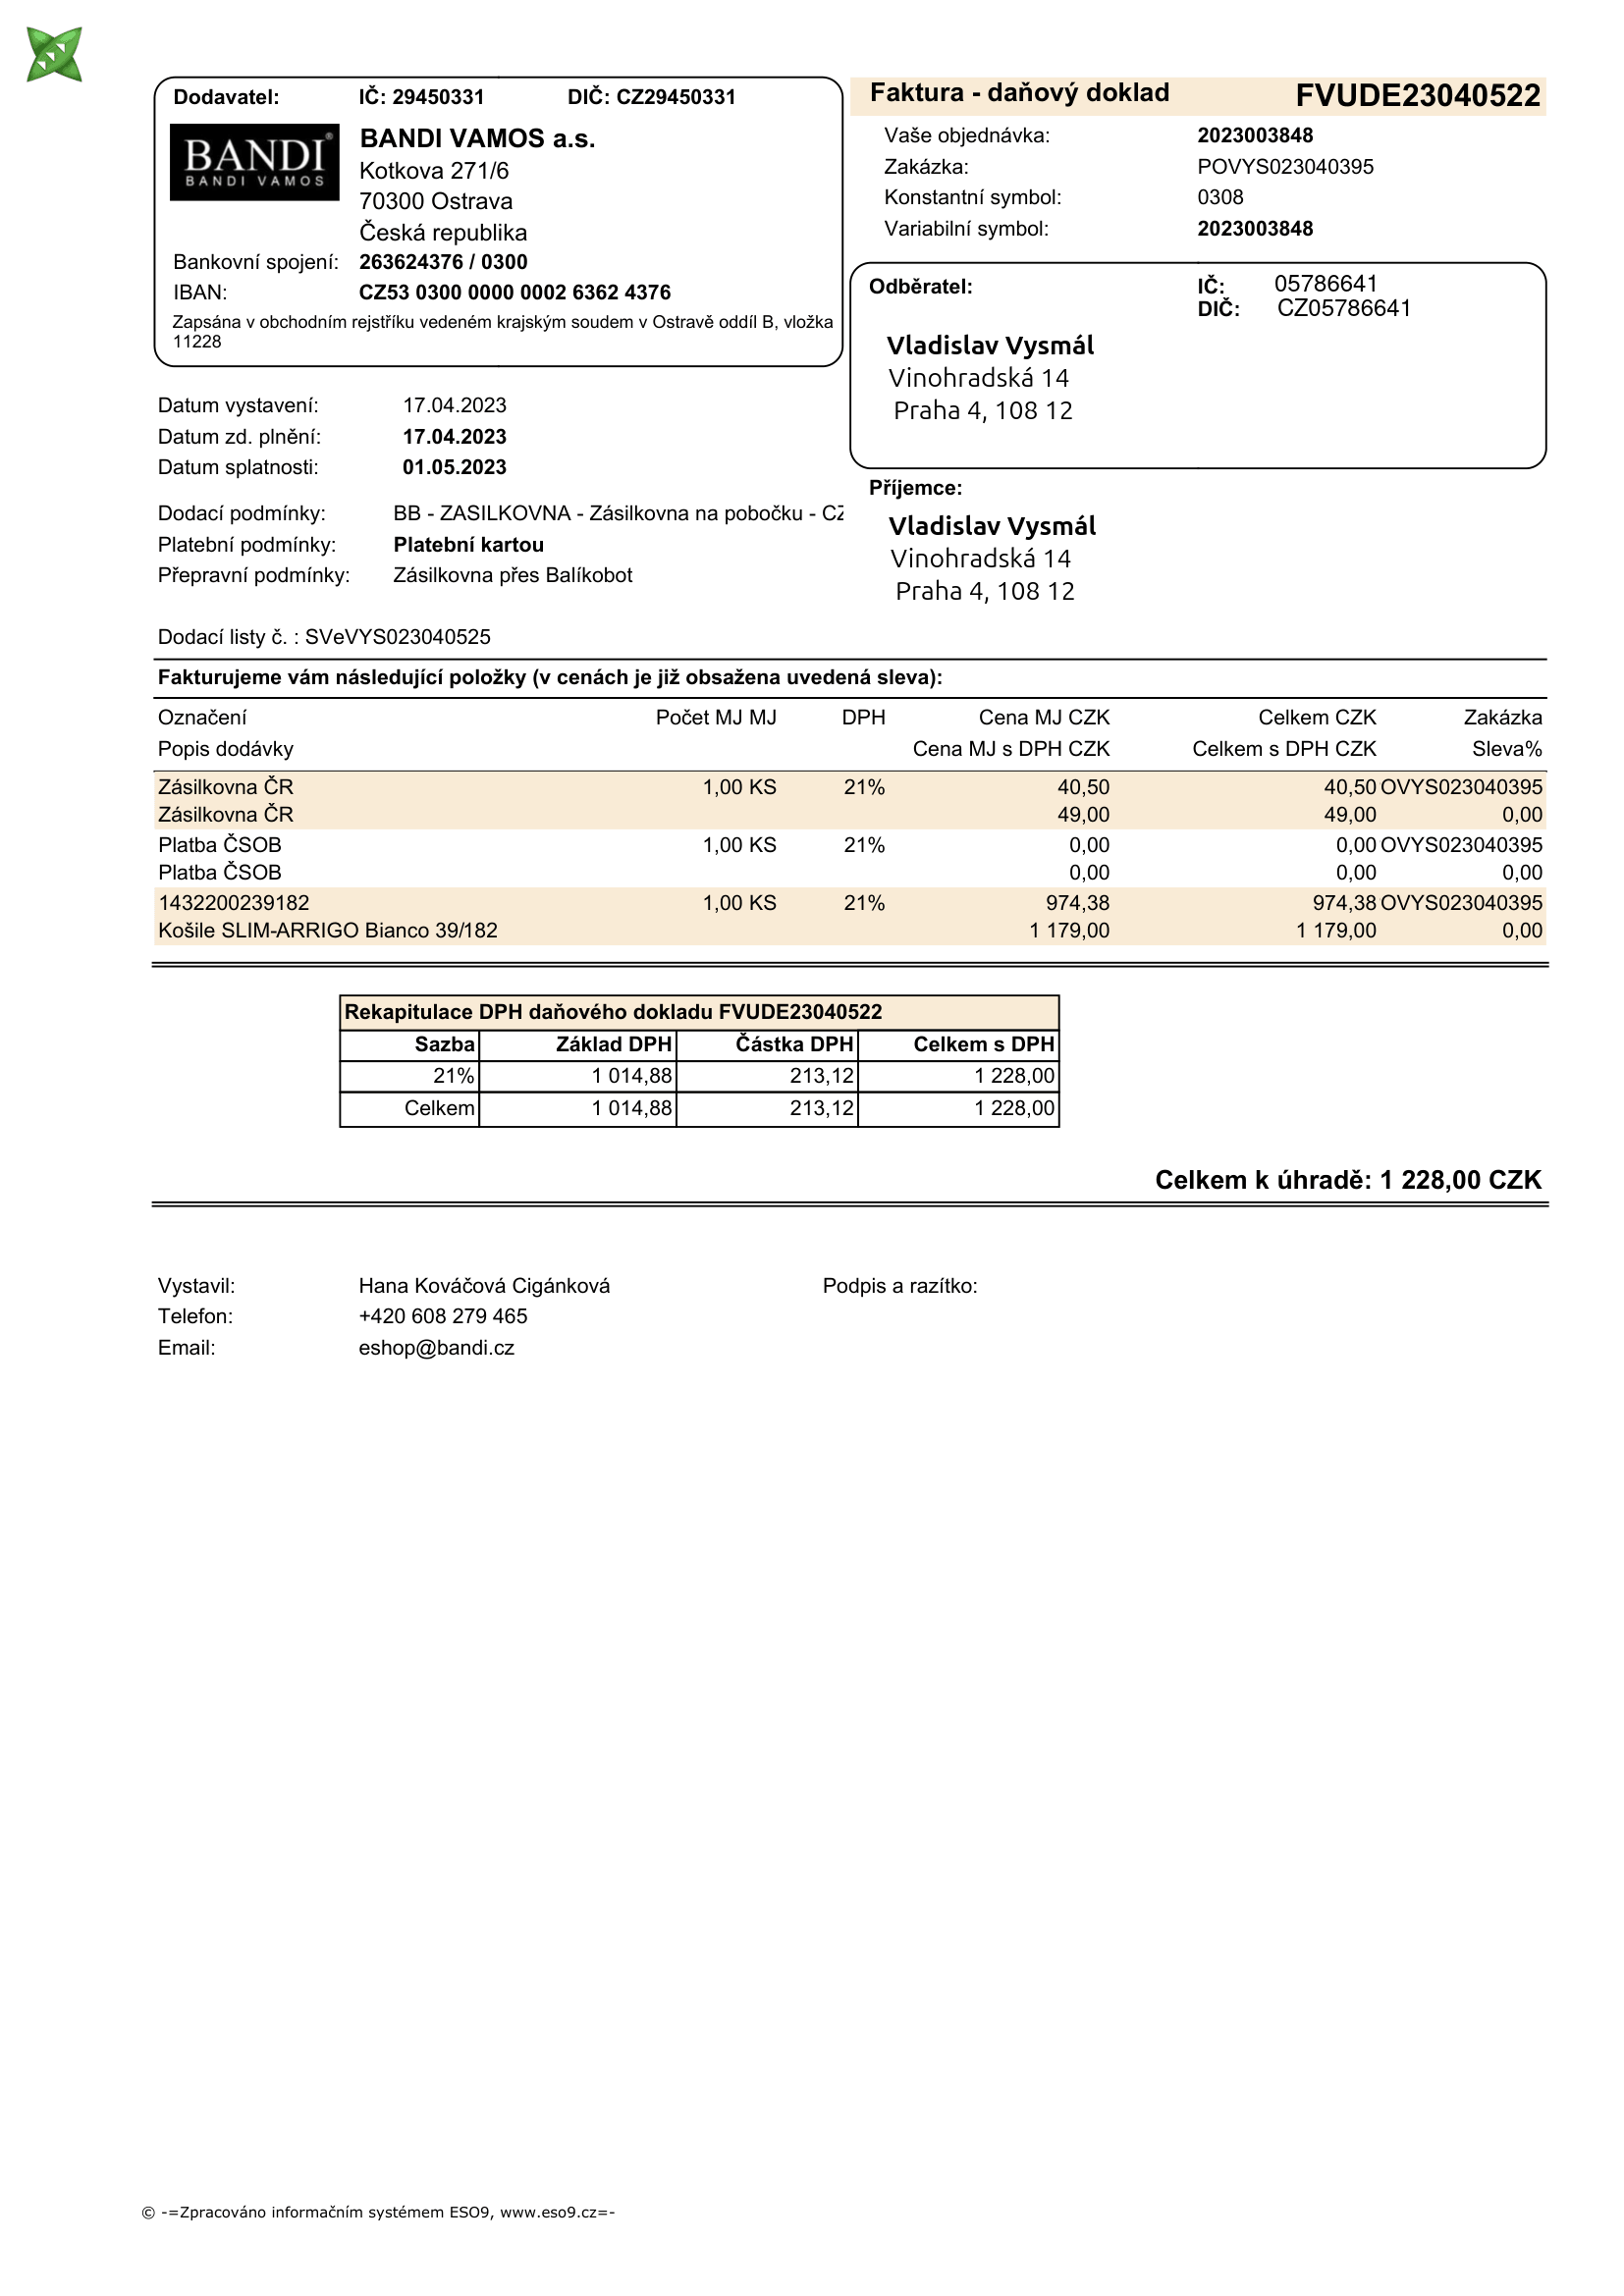
invoice_number: FVUDE23040522
supp_register_id: 29450331
supp_tax_id: CZ29450331
cust_register_id: 05786641
cust_tax_id: CZ05786641
issue_date: 17.04.2023
taxable_supply_date: 17.04.2023
due_date: 01.05.2023
payment_type: Platební kartou
bank_account_number: 263624376/0300
iban: CZ5303000000000263624376
variable_symbol: 2023003848
const_symbol: 0308
total: 1228,00